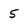
Character: 5